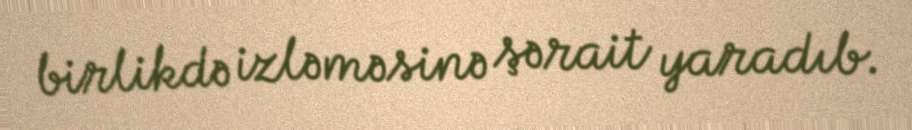
birlikdə izləməsinə şərait yaradıb.